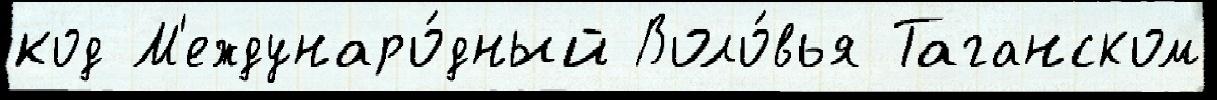
код М'еждунаро́дный Воло́вья Таганском